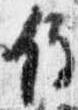
経